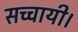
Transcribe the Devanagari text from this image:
सच्चायी।